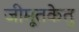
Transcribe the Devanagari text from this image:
जीमूतकेतु